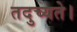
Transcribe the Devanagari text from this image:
तदुच्यते।